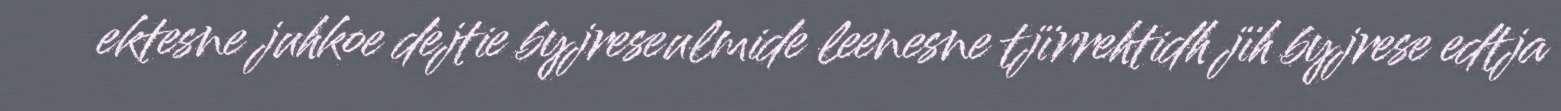
ektesne juhkoe dejtie byjreseulmide leenesne tjïrrehtidh jïh byjrese edtja